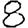
Digit: 8